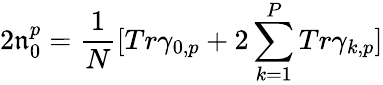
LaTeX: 2\mathfrak{n}_{0}^{p}=\frac{{1}}{N}[Tr\gamma_{0,p}+2\sum_{k=1}^{P}Tr\gamma_{k,p}]